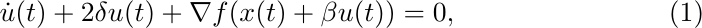
\begin{equation}
\dot{u}(t)+2 \delta u(t) +\nabla f(x(t)+\beta u(t))=0,  \label{eq:diff1}
\end{equation}